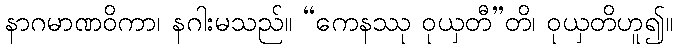
နာဂမာဏဝိကာ၊ နဂါးမသည်။ “ကေနဿု ဝုယှတီ”တိ၊ ဝုယှတိဟူ၍။